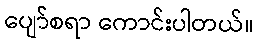
ပျော်စရာ ကောင်းပါတယ်။